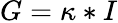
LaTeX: G=\kappa*I